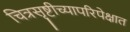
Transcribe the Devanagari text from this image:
चित्रसृष्टीच्यापरिपेक्षात